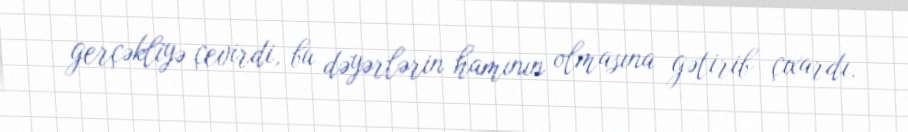
gerçəkliyə çevirdi, bu dəyərlərin hamının olmasına gətirib çıxardı.